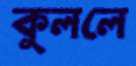
কুললে